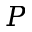
P